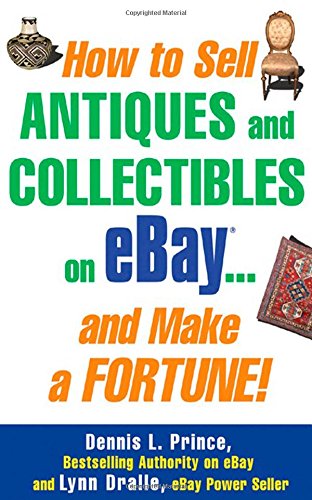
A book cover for How to Sell Antiques and Collectibles on eBay... And Make a Fortune!; Dennis L. Prince; Crafts, Hobbies & Home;